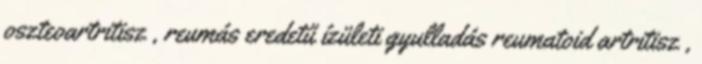
oszteoartritisz , reumás eredetű ízületi gyulladás reumatoid artritisz ,